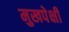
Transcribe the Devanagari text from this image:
मुखपेक्षी